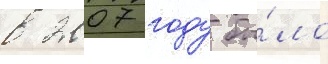
в 2007 году бы́ло